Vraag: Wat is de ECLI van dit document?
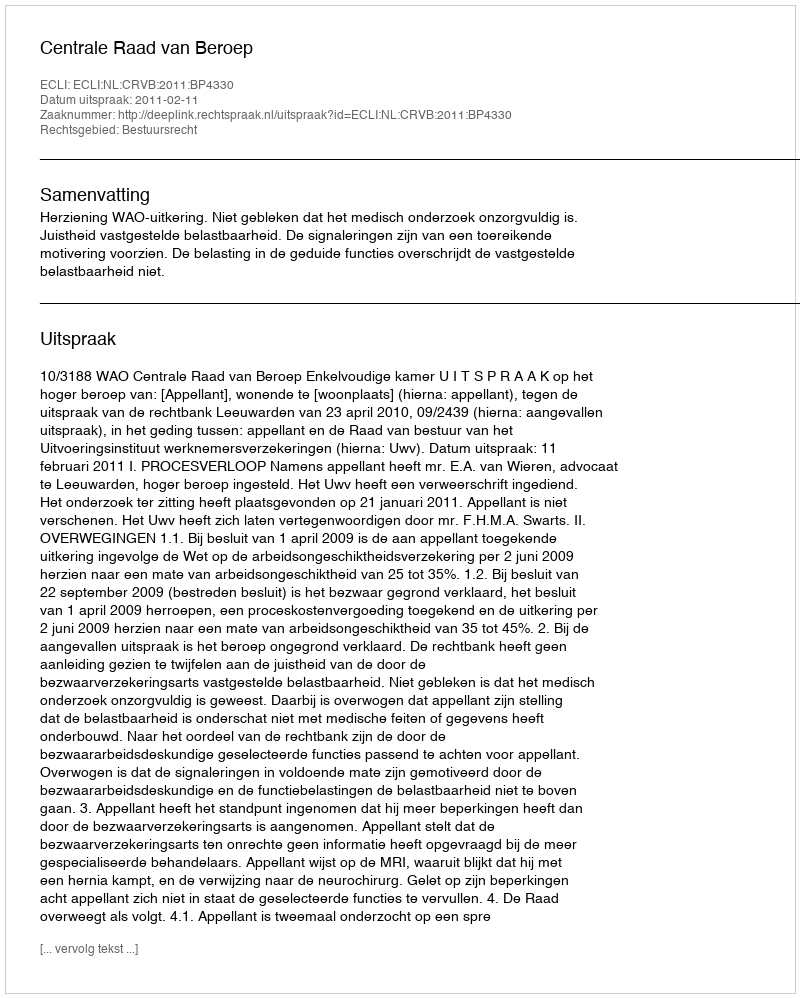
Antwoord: ECLI:NL:CRVB:2011:BP4330